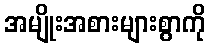
အမျိုးအစားများစွာကို